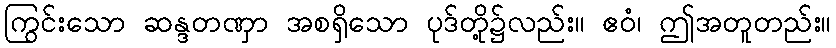
ကြွင်းသော ဆန္ဒတဏှာ အစရှိသော ပုဒ်တို့၌လည်း။ ဧဝံ၊ ဤအတူတည်း။